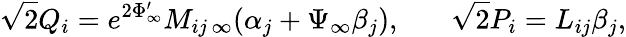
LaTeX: \sqrt{2}Q_{i}=e^{2\Phi_{\infty}^{\prime}}M_{ij\, \infty}(\alpha_{j}+\Psi_{\infty}\beta_{j}),\ \ \ \ \ \ \ \sqrt{2}P_{i}=L_{ij}{\beta}_{j},